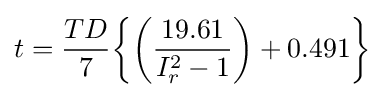
t={\frac {TD}{7}}{\biggl \{}{\biggl (}{\frac {19.61}{I_{r}^{2}-1}}{\biggl )}+0.491{\biggl \}}